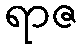
ရာဇ